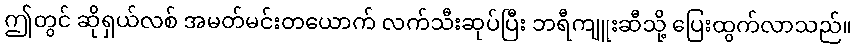
ဤတွင် ဆိုရှယ်လစ် အမတ်မင်းတယောက် လက်သီးဆုပ်ပြီး ဘရီကျူးဆီသို့ ပြေးထွက်လာသည်။